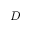
D